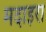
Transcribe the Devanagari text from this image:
मदाइरा